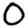
Digit: 0